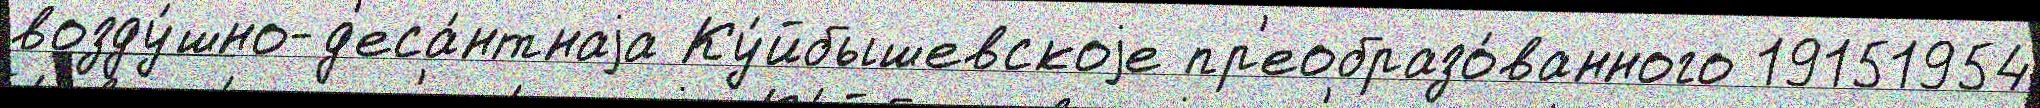
возду́шно-д'еса́нтнаjа Ку́йбышевскоjе пр'еобразо́ванного 19151954